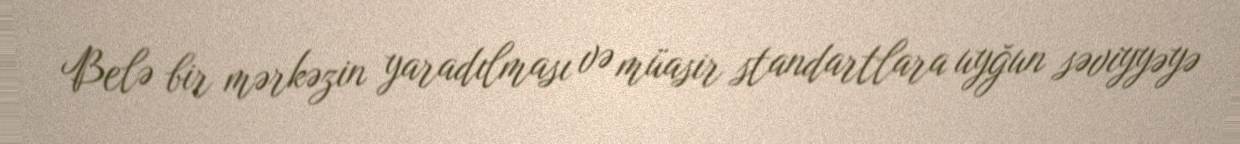
Belə bir mərkəzin yaradılması və müasir standartlara uyğun səviyyəyə